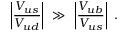
\left| \frac { V _ { u s } } { V _ { u d } } \right| \ \gg \ \left| \frac { V _ { u b } } { V _ { u s } } \right| \ .